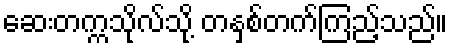
ဆေးတက္ကသိုလ်သို့ တနှစ်တက်ကြည့်သည်။